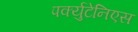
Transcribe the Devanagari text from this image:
पर्क्युटेनिएस